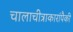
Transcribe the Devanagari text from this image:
चालाचीत्राकारांपैकी